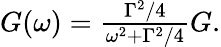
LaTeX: \begin{array}{r}{G(\omega)=\frac{\Gamma^{2}/4}{\omega^{2}+\Gamma^{2}/4}G.}\end{array}